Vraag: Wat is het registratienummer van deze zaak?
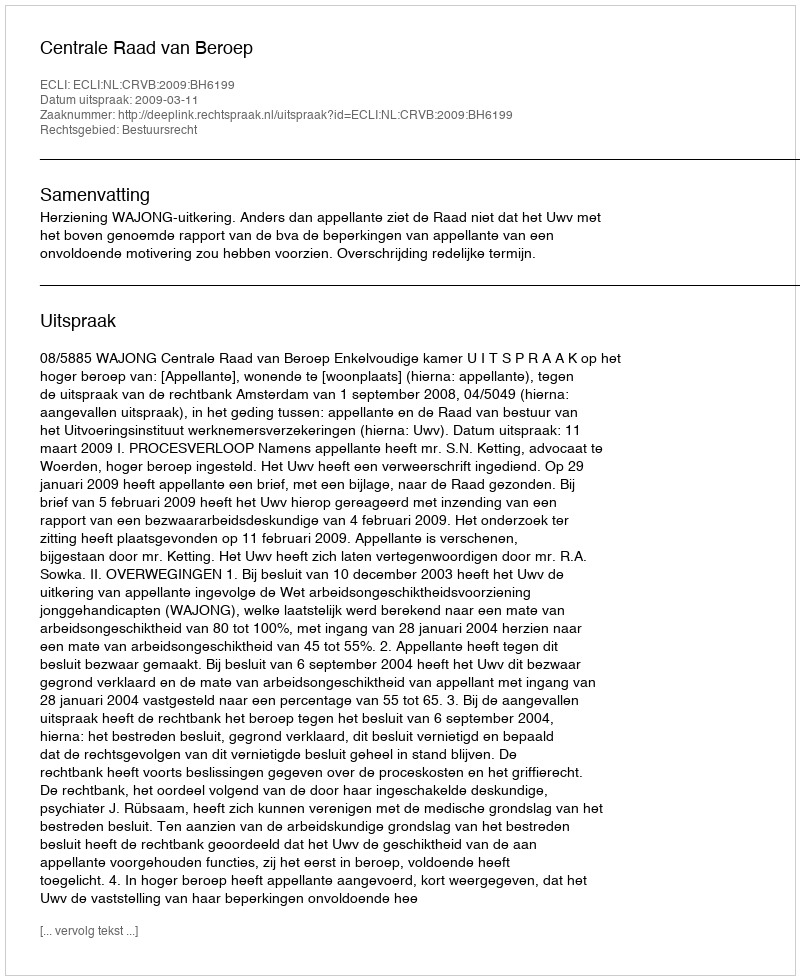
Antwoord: http://deeplink.rechtspraak.nl/uitspraak?id=ECLI:NL:CRVB:2009:BH6199